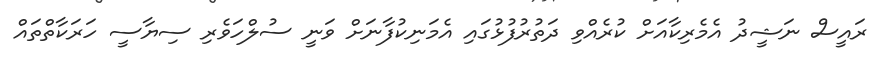
ރައީސް ނަޝީދު އެމެރިކާއަށް ކުރެއްވި ދަތުރުފުޅުގައި އެމަނިކުފާނަށް ވަނީ ސުލްހަވެރި ސިޔާސީ ހަރަކާތްތައް